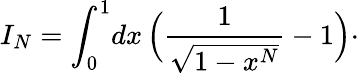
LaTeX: I_{N}=\int_{0}^{1}\! dx\, \Bigl({\frac{1}{\sqrt{1-x^{N}}}}-1\Bigr)\cdotp